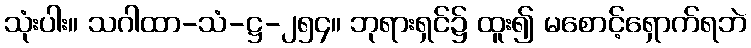
သုံးပါး။ သဂါထာ-သံ-ဋ္ဌ-၂၅၄။ ဘုရားရှင်၌ ထူး၍ မစောင့်ရှောက်ရဘဲ